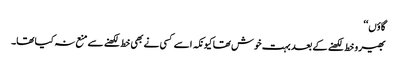
گاؤں‘‘
بھیرو خط لکھنے کے بعد بہت خوش تھا کیونکہ اسے کسی نے بھی خط لکھنے سے منع نہ کیا تھا۔